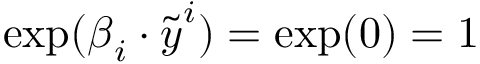
\exp ( \boldsymbol \beta _ { i } \cdot \widetilde { \boldsymbol y } ^ { i } ) = \exp ( 0 ) = 1